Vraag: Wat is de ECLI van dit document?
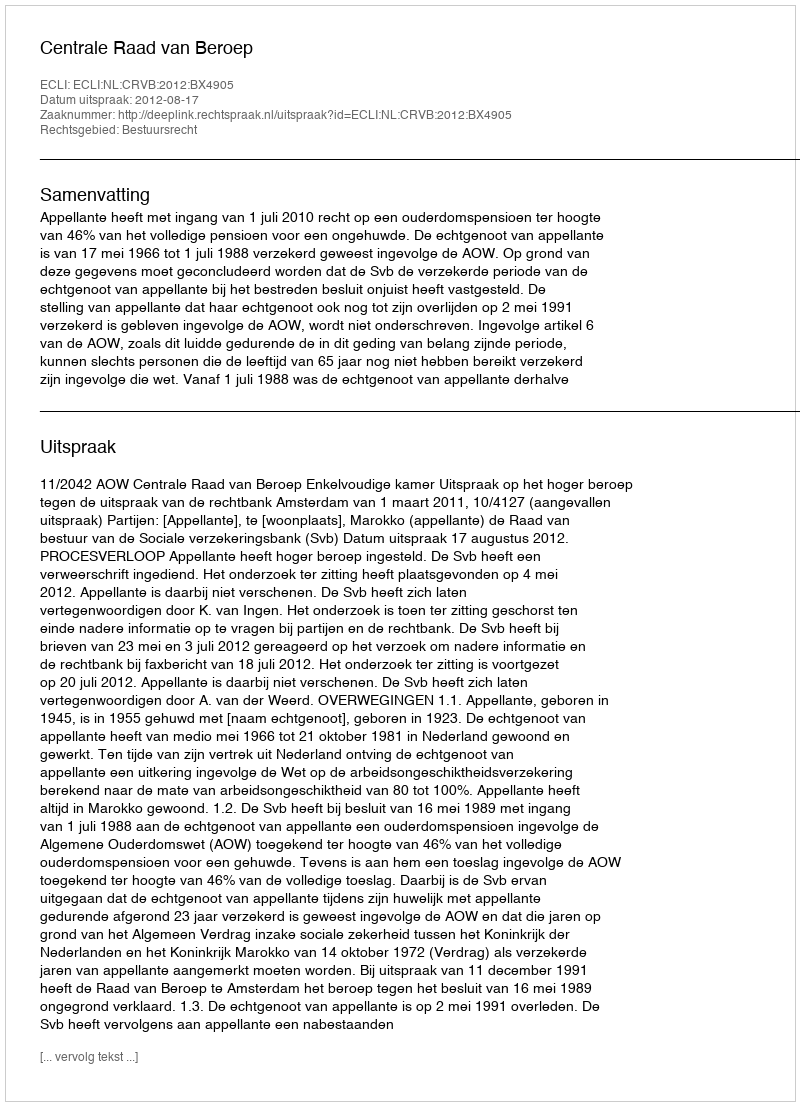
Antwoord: ECLI:NL:CRVB:2012:BX4905